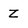
Character: Z